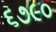
૬૭૯૦